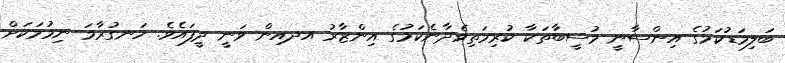
ބަލިމަޑުކަމުގެ އިންސާނީ މުސީބާތަކާ ކުރިމަތިވެދާނެކަމުގެ އިންޒާރު އދއިން ވަނީ ދީފައެވެ. ހަނގުރާމަ ނިމުމަކަށް